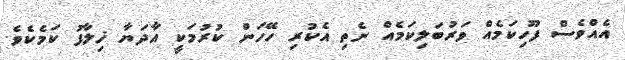
އެއްވެސް ފޫހިކަމެއް ވަރުބަލިކަމެއް ނެތި އެކުރި ހޭހަން ކުރުމަކީ އާދަޔާ ޚިލާފު ކަމެކެވެ.